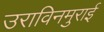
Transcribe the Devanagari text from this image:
उराविनमुराई